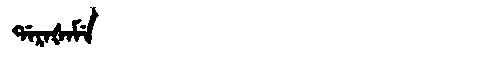
Manchu: ᡩᠠᡵᠠᡧᠠᠮᡝ
Romanization: DARAŠAME